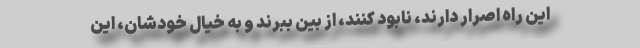
این راه اصرار دارند، نابود کنند، از بین ببرند و به خیال خودشان، این